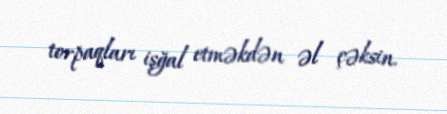
torpaqları işğal etməkdən əl çəksin.